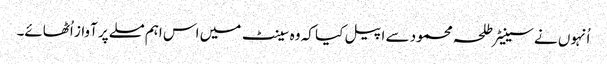
اُنہوں نے سینیٹر طلحہ محمود سے اپیل کیا کہ وہ سینٹ میں اس اہم مسلے پر آواز اُٹھائے۔